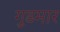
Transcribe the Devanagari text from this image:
गुडमार